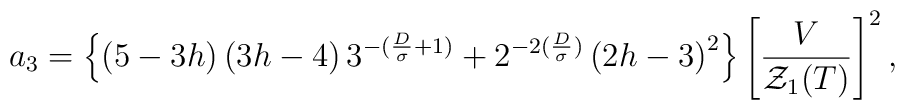
a_{3}=\left\{\left(5-3h\right)\left(3h-4\right)3^{-(\frac{D}{\sigma}+1)}+2^{-2(\frac{D}{\sigma})}\left(2h-3\right)^2 \right\}\left[\frac{V}{{\cal{Z}}_{1}(T)}\right]^2,